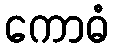
ကောဓံ